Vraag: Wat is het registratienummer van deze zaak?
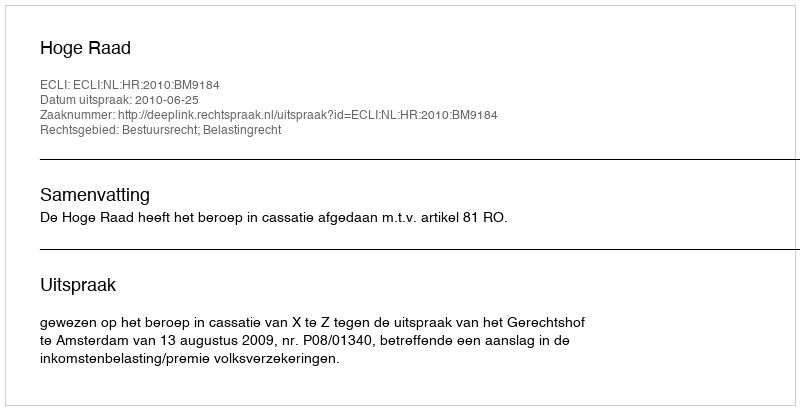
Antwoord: http://deeplink.rechtspraak.nl/uitspraak?id=ECLI:NL:HR:2010:BM9184